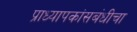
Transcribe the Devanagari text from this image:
प्राध्यापकांसबंधीचा